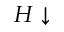
H \downarrow